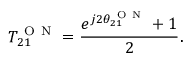
T _ { 2 1 } ^ { \mathrm { ~ O ~ N ~ } } = \frac { e ^ { j 2 \theta _ { 2 1 } ^ { \mathrm { ~ O ~ N ~ } } } + 1 } { 2 } .